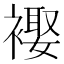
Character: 𧜱